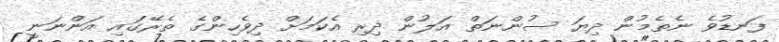
ފަނޑުވެ ނެތެމުން ދިޔަ ސުންނަތް އަލުން ދިރި އެކަމަށް ދިވެހިންގެ ތެރޭގައި އަންނަނީ